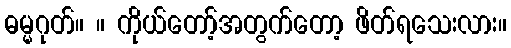
ဓမ္မဂုတ်။ ။ ကိုယ်တော့်အတွက်တော့ ဖိတ်ရသေးလား။